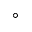
\circ